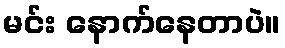
မင်း နောက်နေတာပဲ။